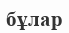
бұлар